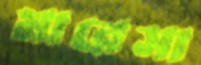
মারেসা